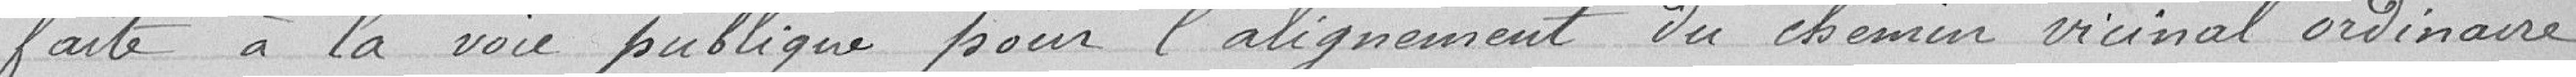
faite à la voie publique pour l'alignement du chemin vicinal ordinaire